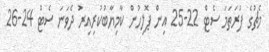
މެޗުގެ ފުރަތަމަ ސެޓް 22-25 އިން ޕޮލިހުން ކާމިޔާބުކުރިއިރު ދެވަނަ ސެޓް 24-26